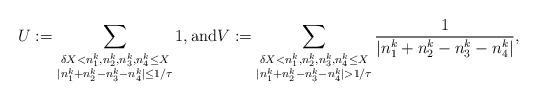
LaTeX: \begin{align*}U:=\sum_{\substack{\delta X<n_1^k,n_2^k,n_3^k,n_4^k\le X \\ \vert n_1^k+n_2^k-n_3^k-n_4^k\vert \le 1/\tau}} 1,\textrm{and}V:=\sum_{\substack{\delta X<n_1^k,n_2^k,n_3^k,n_4^k\le X \\ \vert n_1^k+n_2^k-n_3^k-n_4^k\vert > 1/\tau}}\frac{1}{\vert n_1^k+n_2^k-n_3^k-n_4^k\vert },\end{align*}